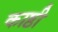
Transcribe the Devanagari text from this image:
काष्ठी